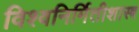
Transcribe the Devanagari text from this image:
विश्वनिर्मितीशास्त्र